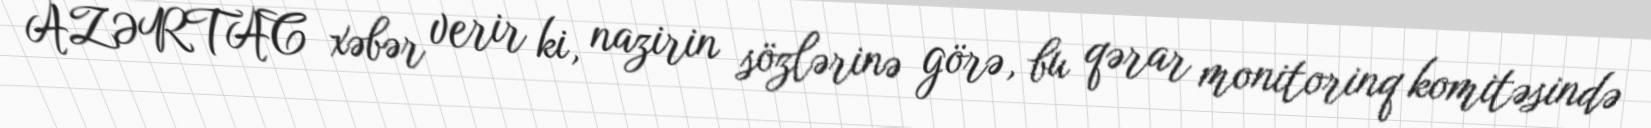
AZƏRTAC xəbər verir ki, nazirin sözlərinə görə, bu qərar monitorinq komitəsində